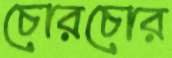
চোরচোর